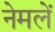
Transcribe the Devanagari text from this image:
नेमलें